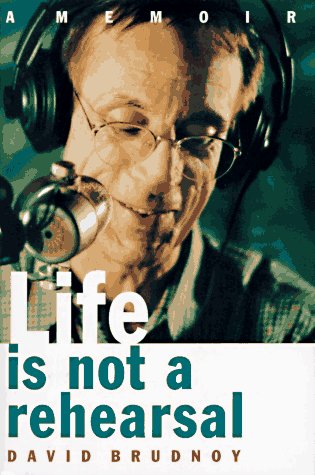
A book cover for Life is Not a Rehearsal; David Brudnoy; Gay & Lesbian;